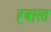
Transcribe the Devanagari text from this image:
ह्बारत